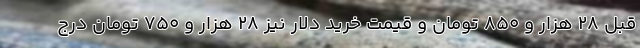
قبل 28 هزار و 850 تومان و قیمت خرید دلار نیز 28 هزار و 750 تومان درج